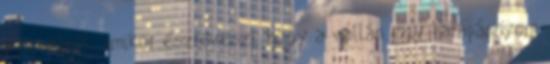
a hotelból, amikor észreveszi, hogy a vállán egy harapásnyom